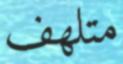
متلھف